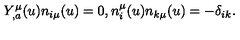
Y _ { , a } ^ { \mu } ( u ) n _ { i \mu } ( u ) = 0 , n _ { i } ^ { \mu } ( u ) n _ { k \mu } ( u ) = - \delta _ { i k } .